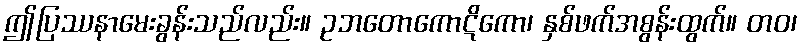
ဤပြဿနာမေးခွန်းသည်လည်း။ ဥဘတောကောဋိကော၊ နှစ်ဖက်အစွန်းထွက်။ တဝ၊